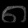
Digit: ၈